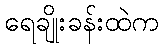
ရေချိုးခန်းထဲက